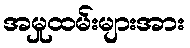
အမှုထမ်းများအား